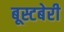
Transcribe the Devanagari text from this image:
बूस्टबेरी